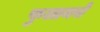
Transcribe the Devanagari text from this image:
फुलायचे